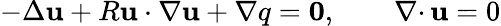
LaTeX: -\Delta{\mathbf u}+R{\mathbf u}\cdot\nabla{\mathbf u}+\nabla q={\mathbf 0},\qquad{{\nabla\cdot}\, }{\mathbf u}=0